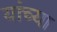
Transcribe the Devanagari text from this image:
यांंच्या